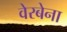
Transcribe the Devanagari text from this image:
वेरबेना